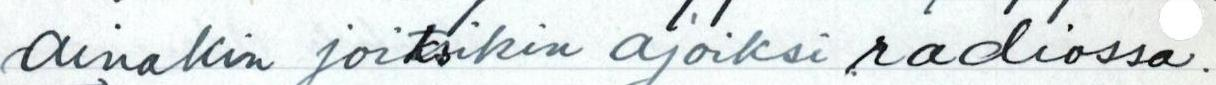
ainakin joksikin ajoiksi radiossa.